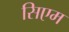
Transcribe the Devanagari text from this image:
सिएम